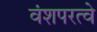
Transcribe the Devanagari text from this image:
वंशपरत्वे